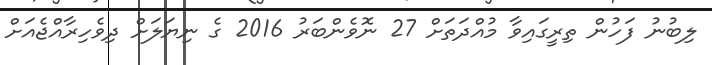
ލިބުނު ފަހުން ތިރީގައިވާ މުއްދަތަށް 27 ނޮވެންބަރު 2016 ގެ ނިޔަލަށް ދިވެހިރާއްޖެއަށް